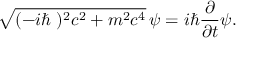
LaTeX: { \sqrt { ( - i \hbar \mathbf { \nabla } ) ^ { 2 } c ^ { 2 } + m ^ { 2 } c ^ { 4 } } } \, \psi = i \hbar { \frac { \partial } { \partial t } } \psi .